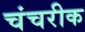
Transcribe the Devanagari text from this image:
चंचरीक